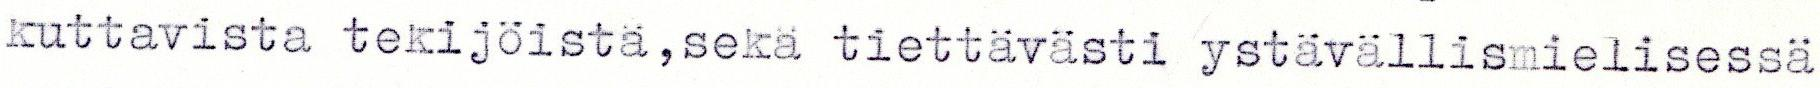
kuttavista tekijöistä,sekä tiettävaäti ystävällismielisessä